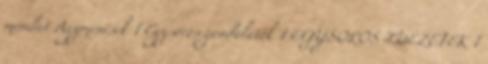
mondat Agymenések 1 Egysoros gondolatok 1 EGYSOROS IDÉZETEK 1